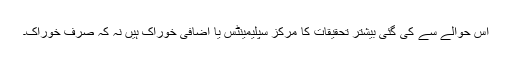
اس حوالے سے کی گئی بیشتر تحقیقات کا مرکز سپلیمینٹس یا اضافی خوراک ہیں نہ کہ صرف خوراک۔